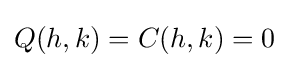
Q(h,k)=C(h,k)=0